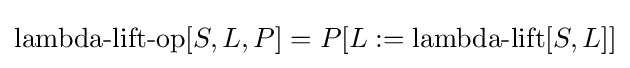
\operatorname {lambda-lift-op} [S,L,P]=P[L:=\operatorname {lambda-lift} [S,L]]